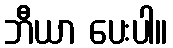
ဘီယာ ပေးပါ။